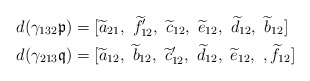
\begin{align*}d(\gamma_{132} \mathfrak{p}) &= [\widetilde{a}_{21},\ \widetilde{f}'_{12},\ \widetilde{c}_{12},\ \widetilde{e}_{12},\ \widetilde{d}_{12},\ \widetilde{b}_{12}]\\d(\gamma_{213} \mathfrak{q}) &= [\widetilde{a}_{12},\ \widetilde{b}_{12},\ \widetilde{c}'_{12},\ \widetilde{d}_{12},\ \widetilde{e}_{12},\ , \widetilde{f}_{12}] \end{align*}